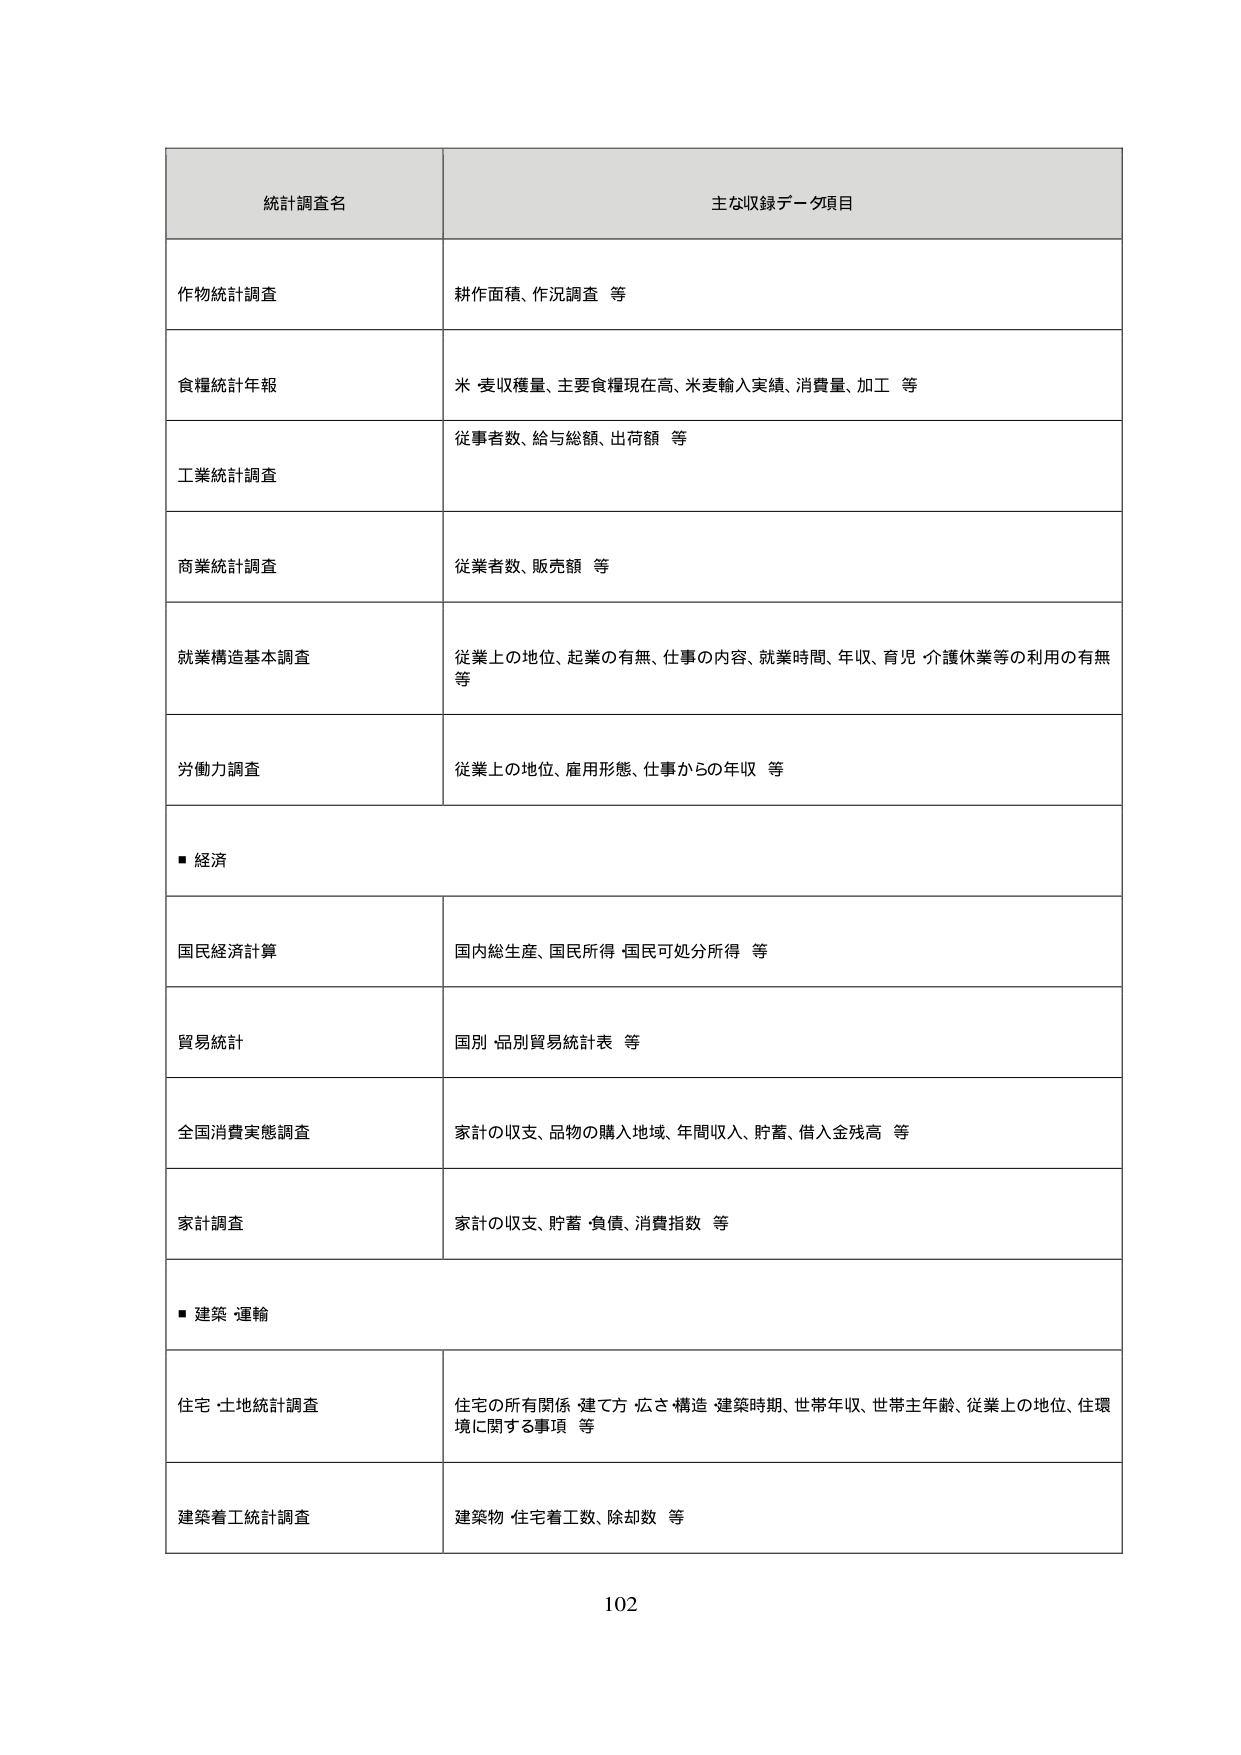
統計調査名
主な収録データ項目

作物統計調査
耕作面積、作況調査 等

食糧統計年報
米 麦収穫量、主要食糧現在高、米麦輸入実績、消費量、加工 等

工業統計調査
従事者数、給与総額、出荷額 等

商業統計調査
従業者数、販売額 等

就業構造基本調査
従業上の地位、起事の有無、仕事の内容、就業時間、年収、育児・介護休業等の利用の有無等

労働力調査
従業上の地位、雇用形態、仕事からの年収 等

■ 経済

国民経済計算
国内総生産、国民所得・国民可処分所得 等

貿易統計
国別・品別貿易統計表 等

全国消費実態調査
家計の収支、品物の購入地域、年間収入、貯蓄、借入金残高 等

家計調査
家計の収支、貯蓄・負債、消費指数 等

■ 建築・運輸

住宅・土地統計調査
住宅の所有関係・建て方・広さ・構造・建築時期、世帯年収、世帯主年齢、従業上の地位、住環境に関する事項 等

建築着工統計調査
建築物・住宅着工数、除却数 等

102